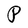
Character: P